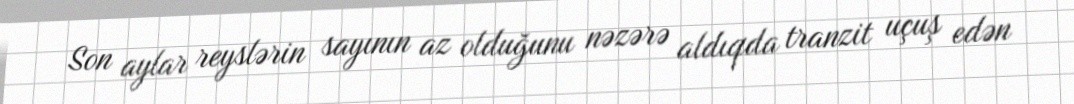
Son aylar reyslərin sayının az olduğunu nəzərə aldıqda tranzit uçuş edən